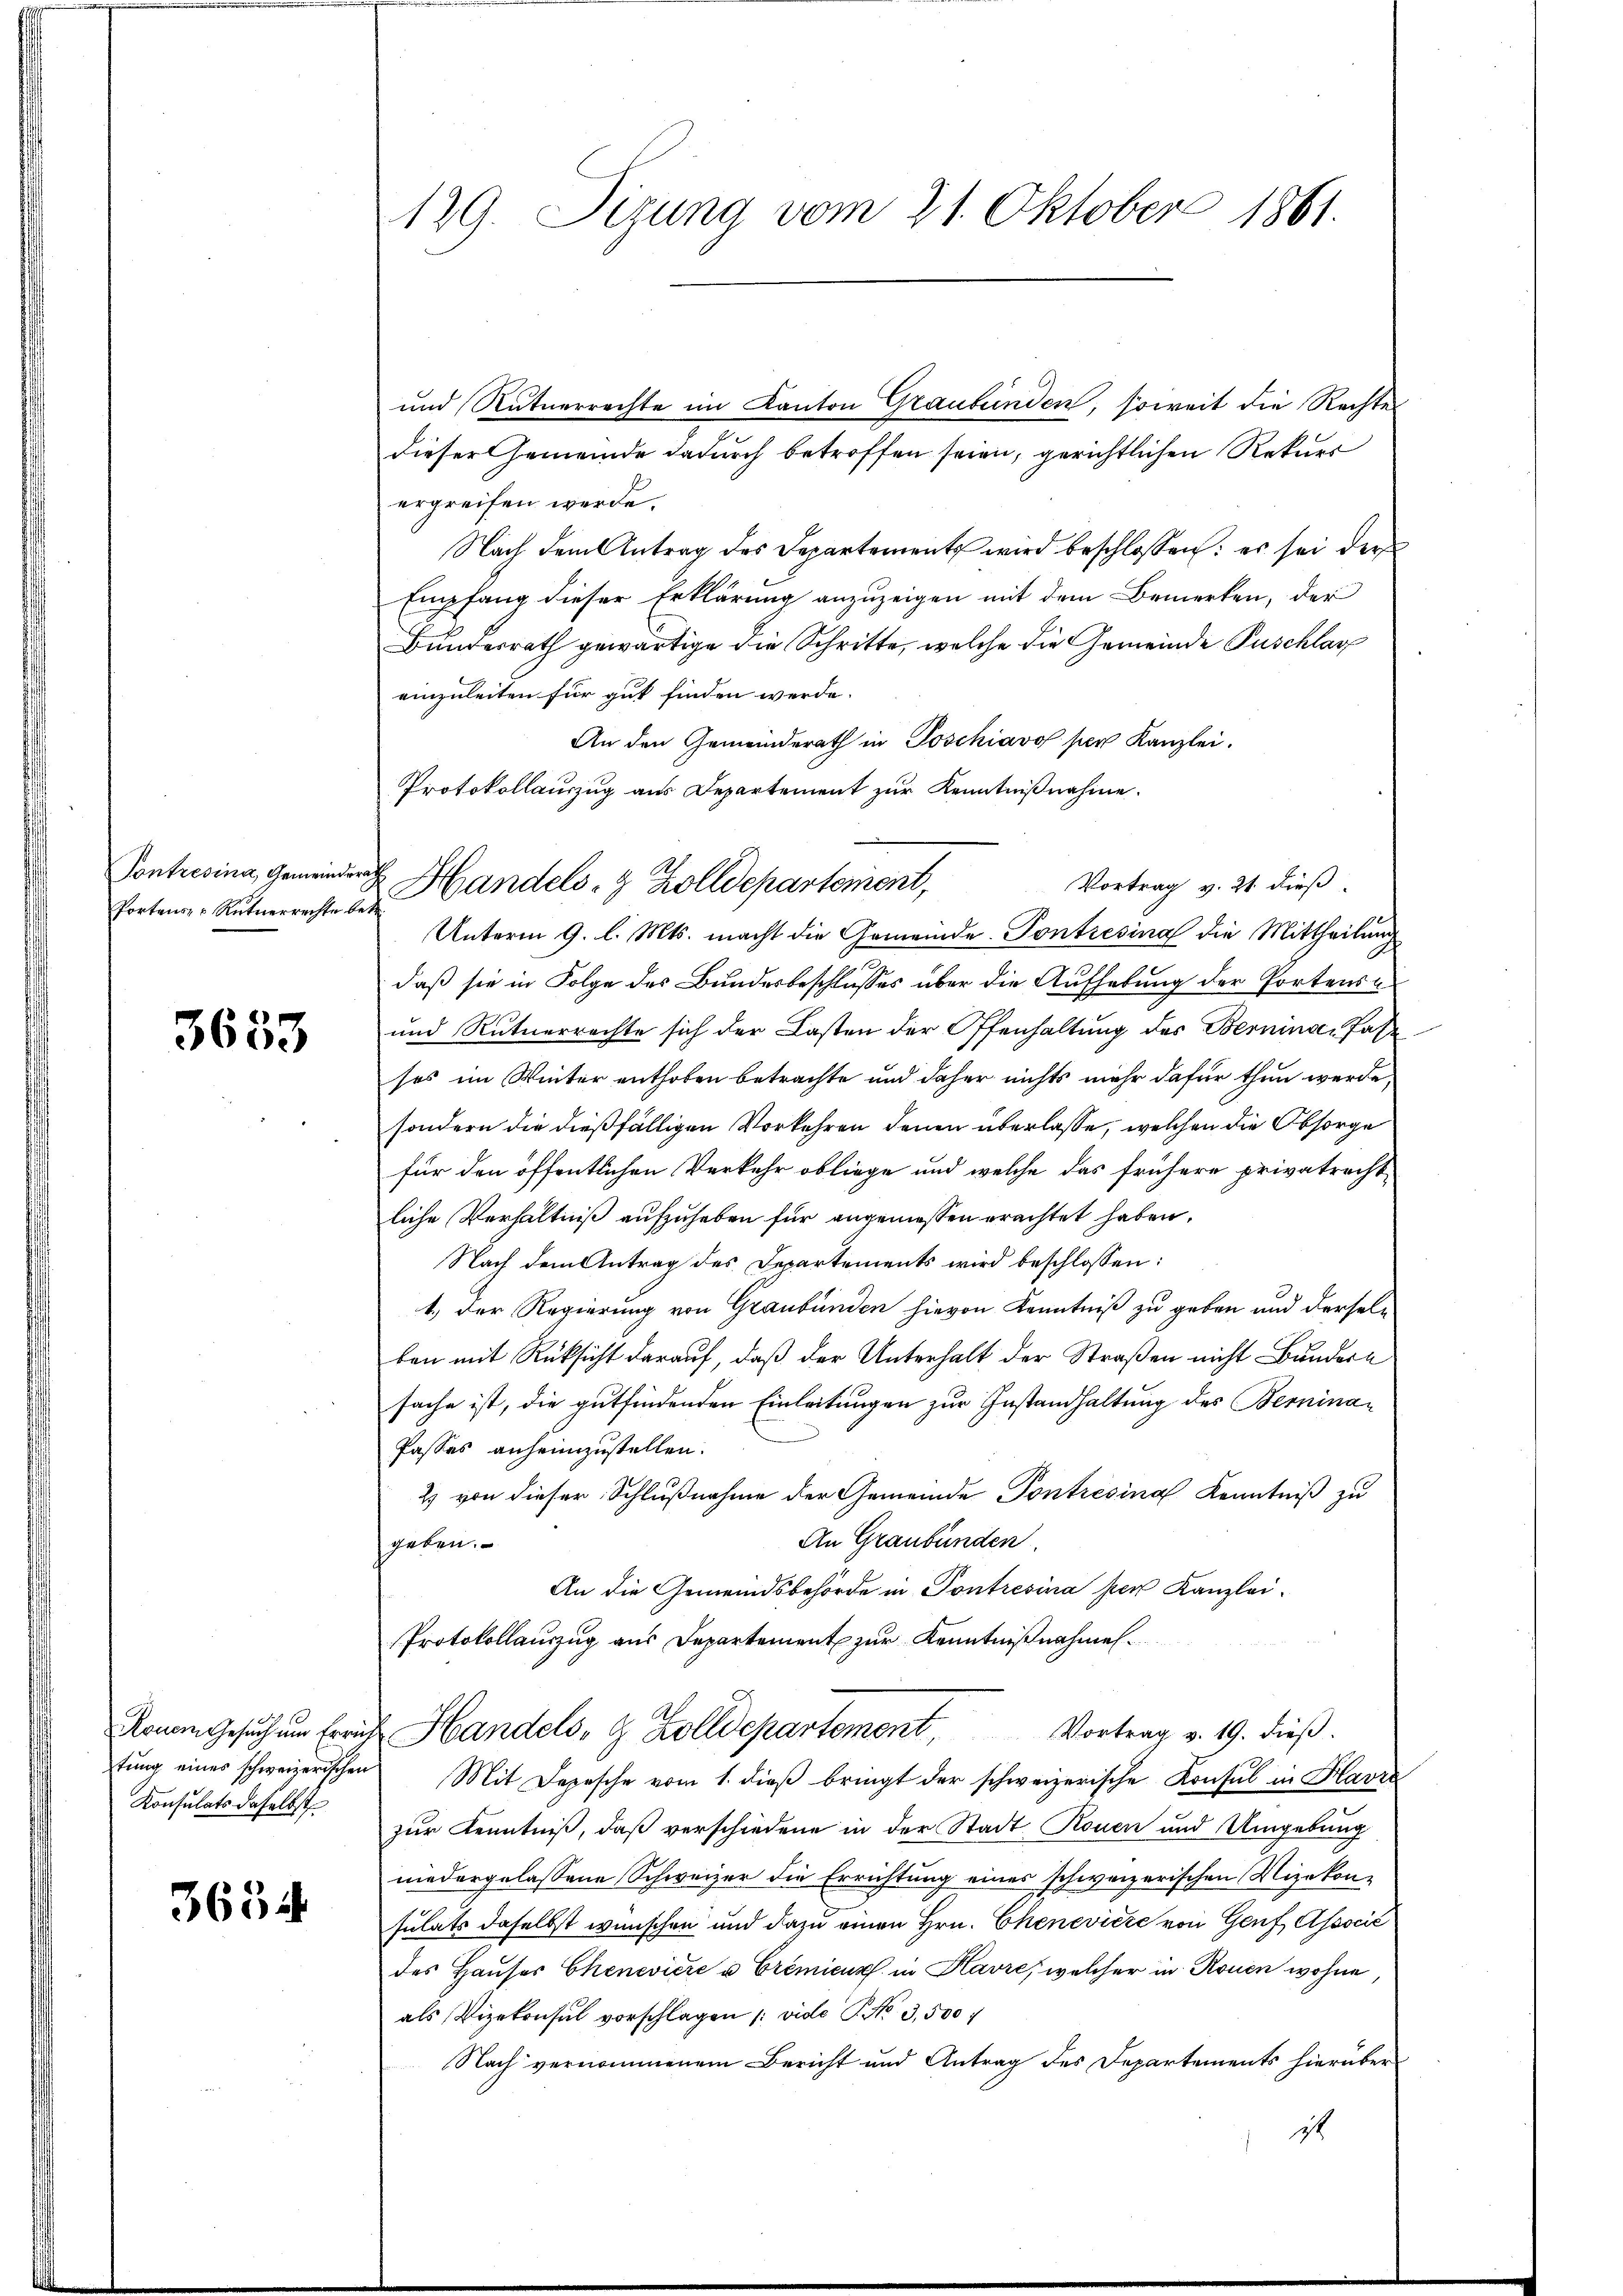
Contresina, Gemeinder
Portens u. Rutuerrechte b

3633

Ronem Gesuch um Errütung eines schweizerischen
Konsulats daselbst

3634

129. Sizung vom 21. Oktober 1861.

dieser Gemeinde dadurch betroffen seien, gerichtlichen Rekurs
ergreifen werde.
Nach dem Antrag des Departement wird beschlossen: es sei der
Empfang dieser Erklärung anzuzeigen mit dem Bemerken, der
Bundesrath gewärtige die Schritte, welche die Gemeinde Puschlag
einzuleiten für gut finden werde.
An den Gemeinderath in Poschiavo per Kanzlei.
Protokollauszug aus Departement zur Kenntnißnahme.
Unterm 9. l. Mts. macht die Gemeinde-Pontresina die Mittheilung
daß sie in Folge des Bundesbeschlusses über die Aufhebung der Portens
und Rutnerrachte sich der Lasten der Offenhaltung des Bernina Pas
ses im Winter enthoben betrachte und daher nichts mehr dafür thun werde,
sondern die dießfälligen Vorkehren denen überlasse, welchen die Obsorge
für den öffentlichen Verkehr obliege und welche das frühere privatrecht
liche Verhältniß aufzuheben für angemessen erachtet haben.
Nach dem Antrag des Departements wird beschlossen:
1.) Der Regierung von Graubünden hievon Kenntniß zu geben und derselben mit Rücksicht darauf, daß der Unterhalt der Straßen nicht Bundern
sache ist, die gutfindenden Einleitungen zur Instandhaltung des Bemina¬
Passes anheimzustellen.
2 von dieser Schlußnahme der Gemeinde Pontresina Kenntniß zu
An Graubünden.
geben.
An die Gemeindsbehörde in Pontresina per Kanzlei-
Protokollauszug aus Departement zur Kenntnißnahmen.
 Handels- & Zolldepartement, Vortrag v. 19. dieβ.
 Mit Depesche vom 1. dieβ bringt der schweizerische Konsul in Havre
zur Kenntniß, daß verschiedene in der Stadt Rouen und Umgebung
niedergelassene Schweizer die Errichtung eines schweizerischen Mizekonsulats daselbst wünschen und dazu einen Hrn. Chenevičić von Genf, Associć
des Hauses Chenevière u Cremicus in Havre, welcher in Rouen wohne
als Vizekonsul vorschlagen /: vide S. 3,500 f
Nach vernommenem Bericht und Antrag des Departements hierüber
ist

und Rütuerrechte im Kanton Graubünden, soweit die Rechtes

Vortrag v. 21. dieß.
u Handels- & Zolldepartement,